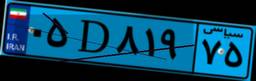
۱۳D۸۳۹۰۳